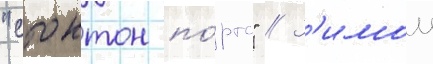
"стоктон по́ртс" // З'имои